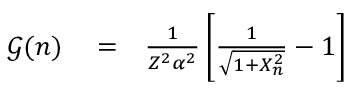
\begin{array} { r l r } { \mathcal { G } ( n ) } & { { } = } & { \frac { 1 } { Z ^ { 2 } \alpha ^ { 2 } } \, \bigg [ \frac { 1 } { \sqrt { 1 + X _ { n } ^ { 2 } } } - 1 \bigg ] } \end{array}